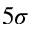
5 \sigma